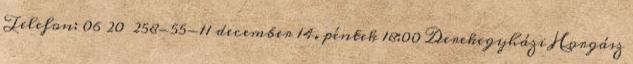
Telefon: 06 20 258-55-11 december 14. péntek 18:00 Derekegyházi Horgász